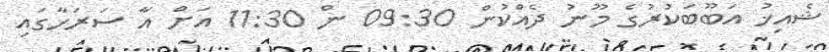
ޝެއިޚު އަބޫބަކުރުގެ މޫނު ދެއްކުން 09:30 ން 11:30 އަށް އާ ސަރަހާގައި